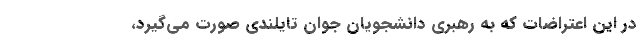
در این اعتراضات که به رهبری دانشجویان جوان تایلندی صورت می‌گیرد،